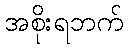
အစိုးရဘက်